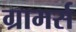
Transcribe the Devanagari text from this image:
ग्रामर्स